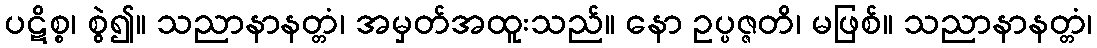
ပဋိစ္စ၊ စွဲ၍။ သညာနာနတ္တံ၊ အမှတ်အထူးသည်။ နော ဥပ္ပဇ္ဇတိ၊ မဖြစ်။ သညာနာနတ္တံ၊